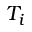
T _ { i }